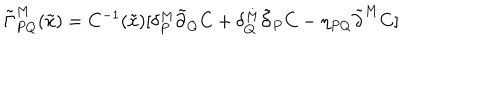
\tilde { \Gamma } _ { P Q } ^ { M } ( \tilde { x } ) = C ^ { - 1 } ( \tilde { x } ) [ \delta _ { P } ^ { M } \tilde { \partial } _ { Q } C + \delta _ { Q } ^ { M } \tilde { \partial } _ { P } C - \eta _ { P Q } \tilde { \partial } ^ { M } C ]